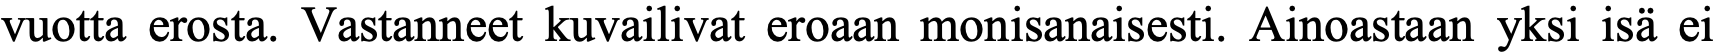
vuotta erosta. Vastanneet kuvailivat eroaan monisanaisesti. Ainoastaan yksi isä ei